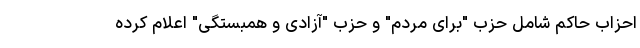
احزاب حاکم شامل حزب "برای مردم"‌ و حزب "آزادی و همبستگی" اعلام کرده